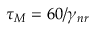
\tau _ { M } = 6 0 / \gamma _ { n r }